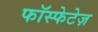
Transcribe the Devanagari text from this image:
फॉस्फेटेज़